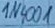
Text: 1N4001